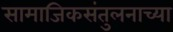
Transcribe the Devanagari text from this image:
सामाजिकसंतुलनाच्या